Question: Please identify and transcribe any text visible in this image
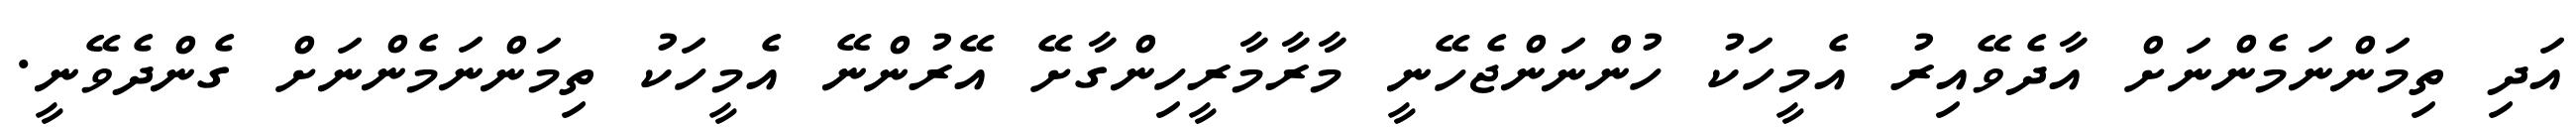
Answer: އަދި ތިމަންނަމެންނަށް އާދެވޭއިރު އެމީހަކު ހުންނަންޖެހޭނީ މާރާމާރީހިންގާށޭ އޭރުންނޭ އެމީހަކު ތިމަންނަމެންނަށް ގެންދެވޭނީ.